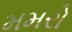
મમરો